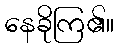
နေခိုကြ၏။